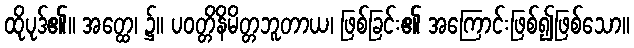
ထိုပုဒ်၏။ အတ္ထေ၊ ၌။ ပဝတ္တိနိမိတ္တဘူတာယ၊ ဖြစ်ခြင်း၏ အကြောင်းဖြစ်၍ဖြစ်သော။